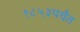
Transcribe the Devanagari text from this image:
१८५३पर्यंत